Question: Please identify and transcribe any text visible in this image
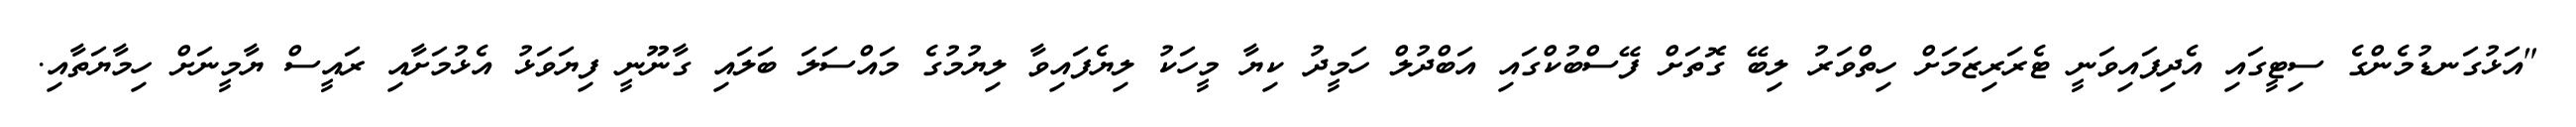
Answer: "އަޅުގަނޑުމެންގެ ސިޓީގައި އެދިފައިވަނީ ޓެރަރިޒަމަށް ހިތްވަރު ލިބޭ ގޮތަށް ފޭސްބުކްގައި އަބްދުލް ހަމީދު ކިޔާ މީހަކު ލިޔެފައިވާ ލިޔުމުގެ މައްސަލަ ބަލައި ގާނޫނީ ފިޔަވަޅު އެޅުމަށާއި ރައީސް ޔާމީނަށް ހިމާޔަތާއި.